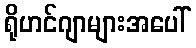
ရိုဟင်ဂျာများအပေါ်